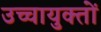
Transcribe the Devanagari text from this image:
उच्चायुक्तों